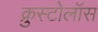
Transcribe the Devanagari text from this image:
क्रुस्टोलॉस